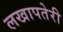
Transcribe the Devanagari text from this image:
लखापतेरी